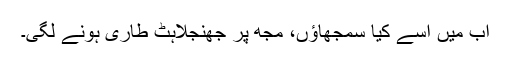
اب میں اسے کیا سمجھاؤں، مجھ پر جھنجلاہٹ طاری ہونے لگی۔